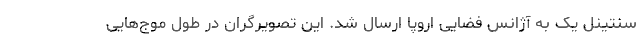
سنتینل یک به آژانس فضایی اروپا ارسال شد. این تصویرگران در طول موج‌هایی